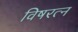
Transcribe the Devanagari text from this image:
विषरत्न